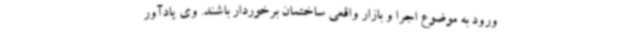
ورود به موضوع اجرا و بازار واقعی ساختمان برخوردار باشند. وی یادآور